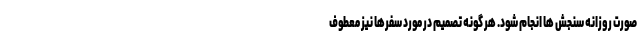
صورت روزانه سنجش ها انجام شود. هر گونه تصمیم در مورد سفرها نیز معطوف